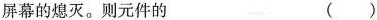
屏幕的熄灭。则元件的()